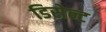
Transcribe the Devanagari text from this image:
डिसेन्ट